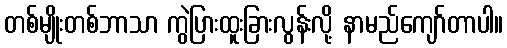
တစ်မျိုးတစ်ဘာသာ ကွဲပြားထူးခြားလွန်းလို့ နာမည်ကျော်တာပါ။